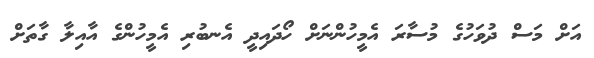
އަށް މަސް ދުވަހުގެ މުސާރަ އެމީހުންނަށް ހޯދައިދީ އެނބުރި އެމީހުންގެ އާއިލާ ގާތަށް